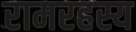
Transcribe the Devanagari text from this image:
रामरहस्य